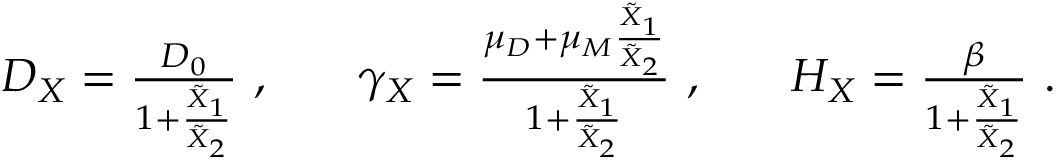
\begin{array} { r l r l r } { D _ { X } = \frac { D _ { 0 } } { 1 + \frac { \tilde { X } _ { 1 } } { \tilde { X } _ { 2 } } } ~ , } & { { } } & { \gamma _ { X } = \frac { \mu _ { D } + \mu _ { M } \frac { \tilde { X } _ { 1 } } { \tilde { X } _ { 2 } } } { 1 + \frac { \tilde { X } _ { 1 } } { \tilde { X } _ { 2 } } } ~ , } & { { } } & { H _ { X } = \frac { \beta } { 1 + \frac { \tilde { X } _ { 1 } } { \tilde { X } _ { 2 } } } ~ . } \end{array}